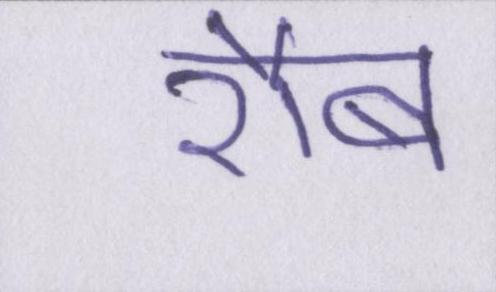
रौब